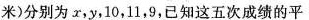
米)分别为x，y，10，11，9，已知这五次成绩的平